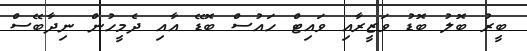
ބީރު ބޮލު ބޮޑު ވަޒީރާއި ވައިޓް ހައުސް ބޮޑޭ އާއި ދެމީހުން ނިދާބޭސް